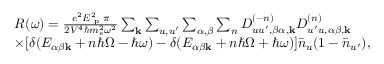
\begin{array} { r l } & { R ( \omega ) = \frac { e ^ { 2 } E _ { \textrm { p } } ^ { 2 } \pi } { 2 V ^ { 4 } \hbar m _ { e } ^ { 2 } \omega ^ { 2 } } \sum _ { \mathbf { k } } \sum _ { u , u ^ { \prime } } \sum _ { \alpha , \beta } \sum _ { n } D _ { u u ^ { \prime } , \beta \alpha , \mathbf { k } } ^ { ( - n ) } D _ { u ^ { \prime } u , \alpha \beta , \mathbf { k } } ^ { ( n ) } } \\ & { \times [ \delta ( E _ { \alpha \beta \mathbf { k } } + n \hbar \Omega - \hbar \omega ) - \delta ( E _ { \alpha \beta \mathbf { k } } + n \hbar \Omega + \hbar \omega ) ] \bar { n } _ { u } ( 1 - \bar { n } _ { u ^ { \prime } } ) , } \end{array}